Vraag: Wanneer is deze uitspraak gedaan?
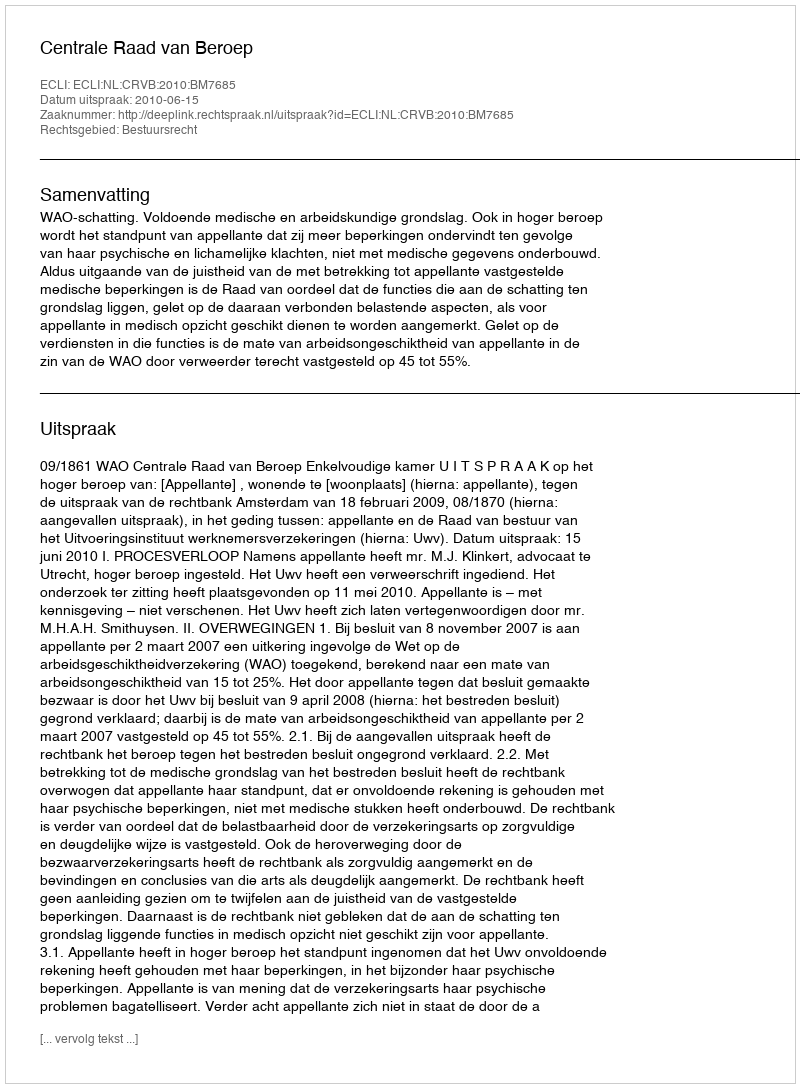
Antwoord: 2010-06-15